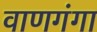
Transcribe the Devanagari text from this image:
वाणगंगा